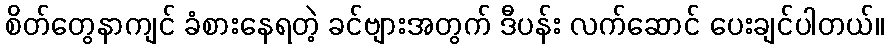
စိတ်တွေနာကျင် ခံစားနေရတဲ့ ခင်ဗျားအတွက် ဒီပန်း လက်ဆောင် ပေးချင်ပါတယ်။